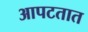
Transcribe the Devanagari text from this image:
आपटतात